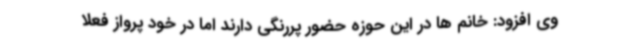
وی افزود: خانم ها در این حوزه حضور پررنگی دارند اما در خود پرواز فعلا